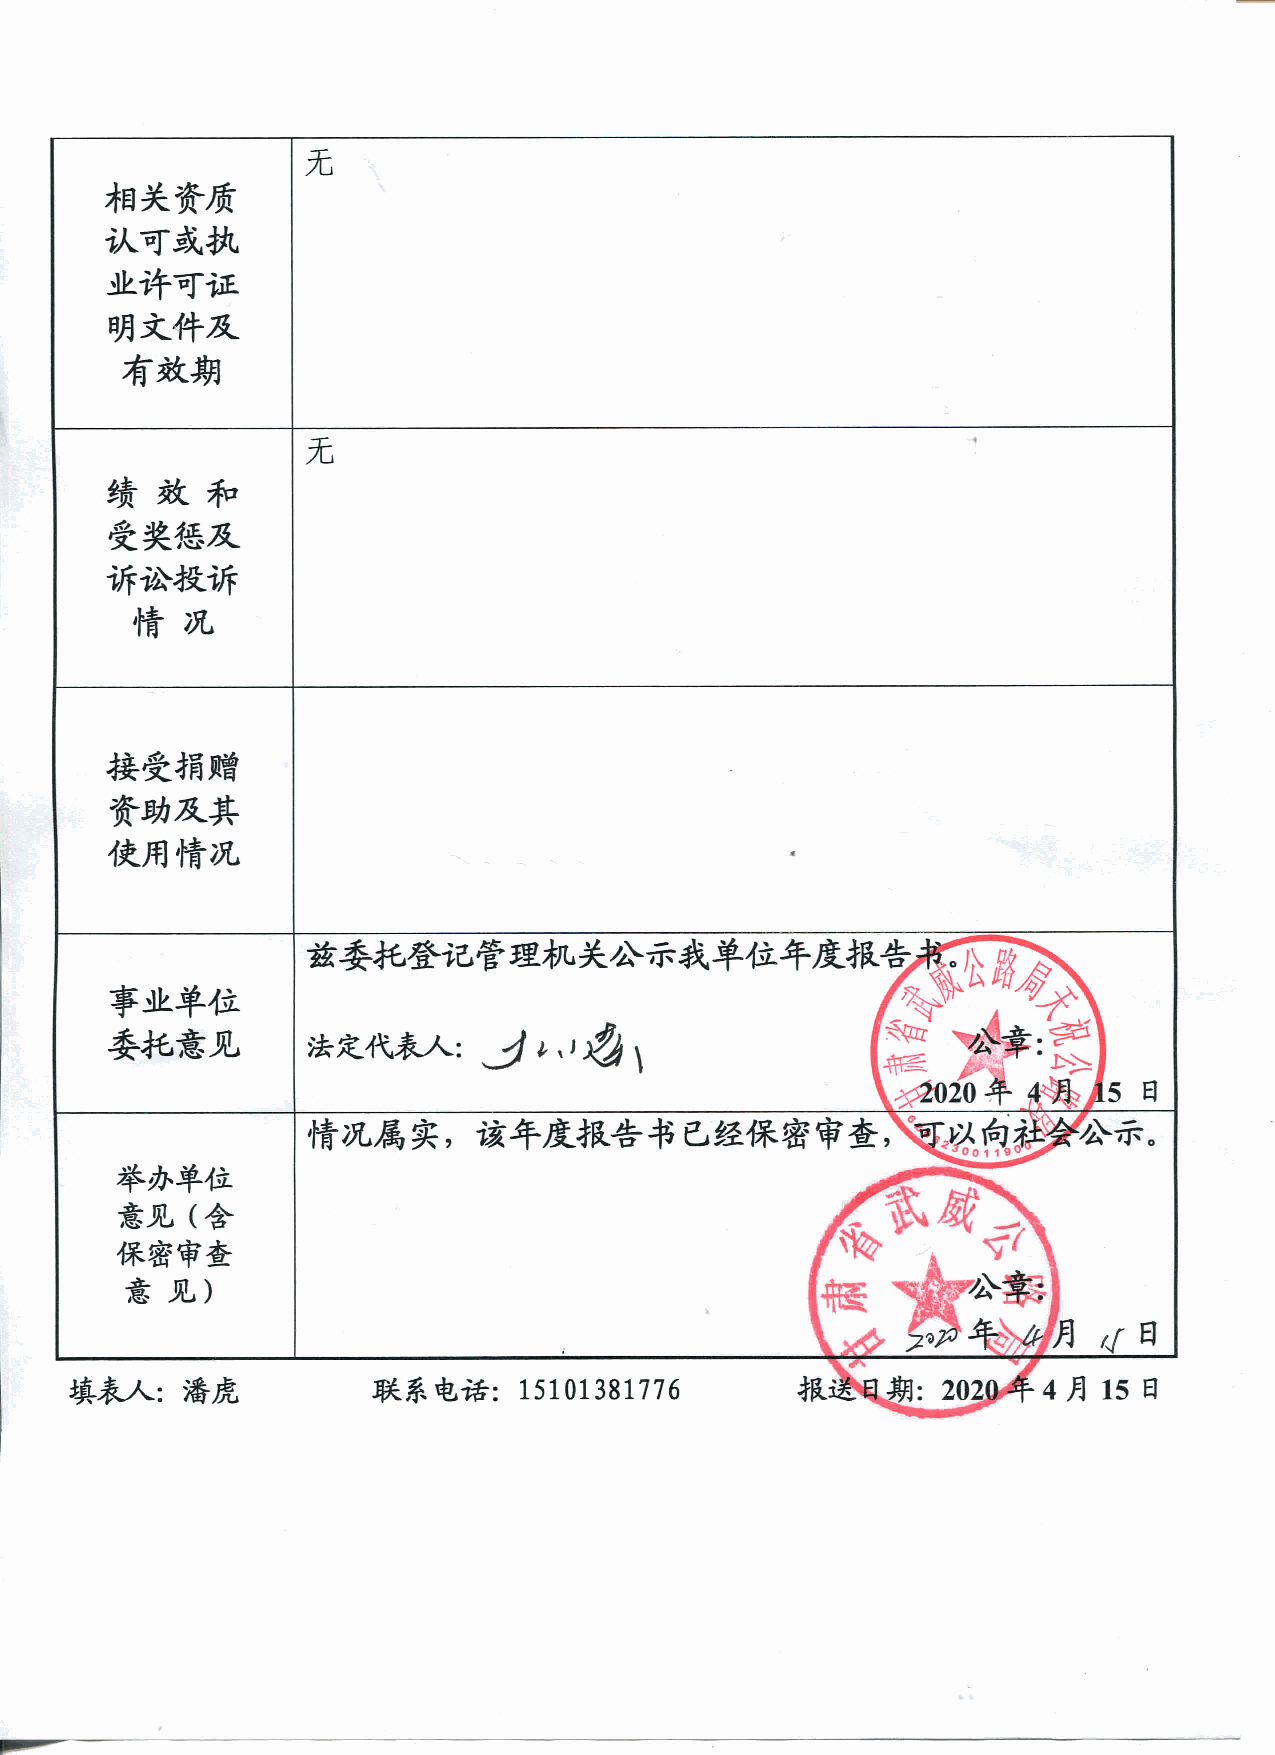
和夫資原 状可或拙 並許可う正 明支件及 有数期 侏2
 鎮赦和 受芙徳及 訴扮提訴 情況 侏2
 接受捕贈         資助及其         使用情況         啌
 幸せ単位  委托意見 亶)yﾘｯxﾞYD丑)Zd.9Uﾉﾃ､｢ﾂﾂﾄﾂ
 挙外車位    意見(含   偉容車重    霆Y韲ﾈｦｩD雲ﾙ駟F(庫vXｿ維づ梺靠ﾉV･ﾈ麈
 ∴∴∴一十二∴∵÷〕∴
 意見)
 壊a^:潜虎E±#`彊:i5ioi38i776放送`追`豊艶牽4月]5日